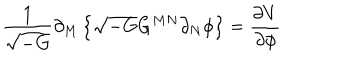
\frac { 1 } { \sqrt { - G } } \partial _ { M } \left\{ \sqrt { - G } G ^ { M N } \partial _ { N } \phi \right\} = \frac { \partial V } { \partial \phi }